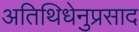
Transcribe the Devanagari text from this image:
अतिथिधेनुप्रसाद